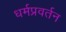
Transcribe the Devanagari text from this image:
धर्मप्रवर्तन